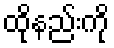
ထိုနည်းကို